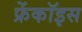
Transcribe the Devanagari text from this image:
फ्रेंकॉइस